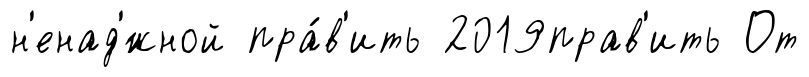
н'енад'́жной пра́в'ить 2019прав'ить От